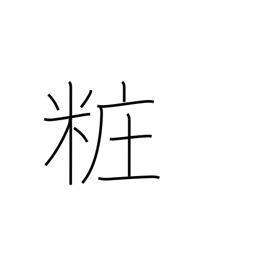
Meaning: adorn (one's person)